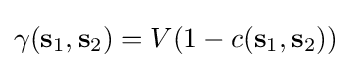
\gamma (\mathbf {s} _{1},\mathbf {s} _{2})=V(1-c(\mathbf {s} _{1},\mathbf {s} _{2}))